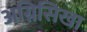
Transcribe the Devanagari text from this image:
अग्निसिखा